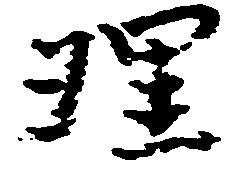
理